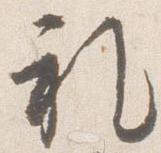
礼